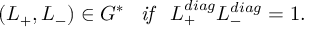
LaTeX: ( L _ { + } , L _ { - } ) \in G ^ { * } \; \; \; \mathrm { \it { i f } } \; \; \; L _ { + } ^ { d i a g } L _ { - } ^ { d i a g } = 1 .